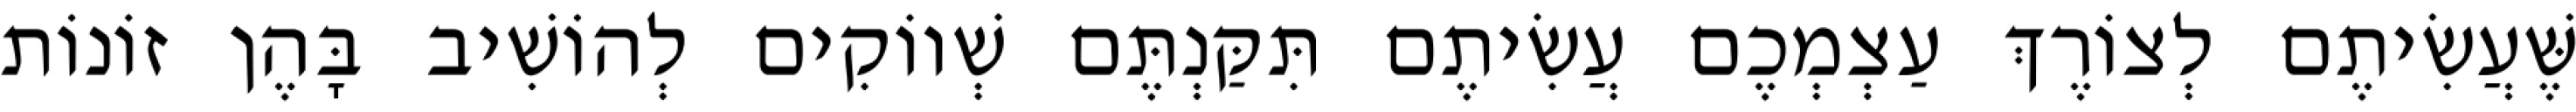
שֶּׁעֲשִׂיתֶם לְצוֹרֶךְ עַצְמְכֶם עֲשִׂיתֶם תִּקַּנְתֶּם שְׁווֹקִים לְהוֹשִׁיב בָּהֶן זוֹנוֹת